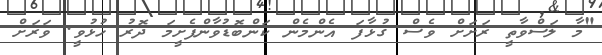
"މާ ލަސްވާތީ ރަށަށް ވެސް ގުޅާފަ އެންމެން ކަންބޮޑުވާންފެށީމަ ދޮރު ހުޅުވީ. ވަރަށް